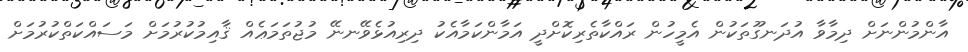
އާންމުންނަށް ދިމާވާ އުދަނގޫތަކުން އެމީހުން ރައްކާތެރިކޮށްދީ އަމާންކަމާއެކު ދިރިއުޅެވޭނނޭ މުޖުތަމަޢެއް ޤާއިމުކުރުމަށް މަސައްކަތްކުރުމަށް